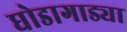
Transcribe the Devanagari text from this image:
घोडागाड्या